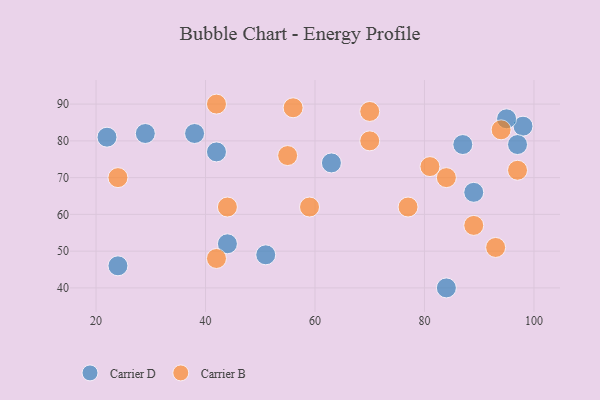
{"axis": {"x": "GDP", "y": "Life Expectancy"}, "legend": ["Carrier B", "Carrier D"], "data": [{"x": "98", "y": 84, "type": "Carrier D"}, {"x": "22", "y": 81, "type": "Carrier D"}, {"x": "63", "y": 74, "type": "Carrier D"}, {"x": "44", "y": 52, "type": "Carrier D"}, {"x": "84", "y": 40, "type": "Carrier D"}, {"x": "24", "y": 46, "type": "Carrier D"}, {"x": "95", "y": 86, "type": "Carrier D"}, {"x": "89", "y": 66, "type": "Carrier D"}, {"x": "29", "y": 82, "type": "Carrier D"}, {"x": "38", "y": 82, "type": "Carrier D"}, {"x": "51", "y": 49, "type": "Carrier D"}, {"x": "87", "y": 79, "type": "Carrier D"}, {"x": "97", "y": 79, "type": "Carrier D"}, {"x": "42", "y": 77, "type": "Carrier D"}, {"x": "44", "y": 62, "type": "Carrier B"}, {"x": "89", "y": 57, "type": "Carrier B"}, {"x": "24", "y": 70, "type": "Carrier B"}, {"x": "94", "y": 83, "type": "Carrier B"}, {"x": "42", "y": 48, "type": "Carrier B"}, {"x": "42", "y": 90, "type": "Carrier B"}, {"x": "59", "y": 62, "type": "Carrier B"}, {"x": "77", "y": 62, "type": "Carrier B"}, {"x": "97", "y": 72, "type": "Carrier B"}, {"x": "55", "y": 76, "type": "Carrier B"}, {"x": "84", "y": 70, "type": "Carrier B"}, {"x": "81", "y": 73, "type": "Carrier B"}, {"x": "70", "y": 80, "type": "Carrier B"}, {"x": "56", "y": 89, "type": "Carrier B"}, {"x": "93", "y": 51, "type": "Carrier B"}, {"x": "70", "y": 88, "type": "Carrier B"}]}